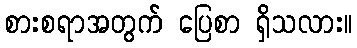
စားစရာအတွက် ပြေစာ ရှိသလား။